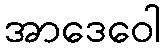
အာဒေဝေါ